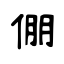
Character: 倗